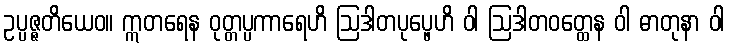
ဥပ္ပဇ္ဇတိယေဝ။ ဣတရေန ဝုတ္တပ္ပကာရေဟိ ဩဒါတပုပ္ဖေဟိ ဝါ ဩဒါတဝတ္ထေန ဝါ ဓာတုနာ ဝါ